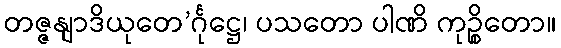
တဇ္ဇနျာဒိယုတေ’င်္ဂုဋ္ဌေ၊ ပသတော ပါဏိ ကုဉ္စိတော။